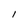
Character: I